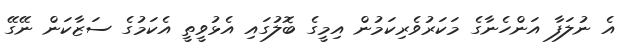
އެ ނުލަފާ އަންހެނާގެ މަކަރުވެރިކަމުން އިމީގެ ބޮލުގައި އެޅުވީތީ އެކަމުގެ ސަޒާކަން ނޭގޭ